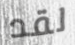
لقد